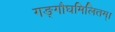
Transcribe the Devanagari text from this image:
गङ्गौघमिलितम्।